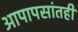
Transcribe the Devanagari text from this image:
आपापसांतही